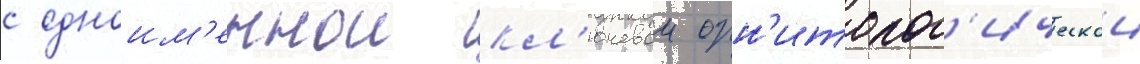
с одноим'еннои кл'ючевои орн'итолог'ическои